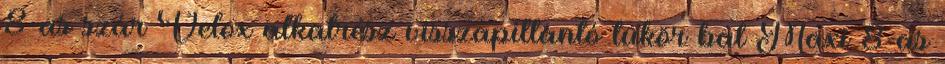
8-as szár Velox alkatrész visszapillantó tükör bal Maxi 8-as